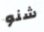
شنو